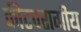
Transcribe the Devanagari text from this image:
कीटपरागीय